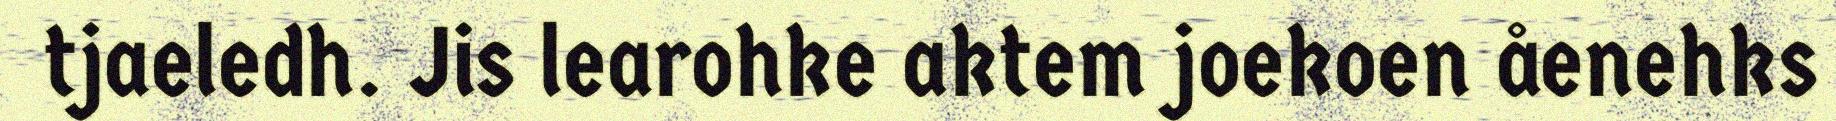
tjaeledh. Jis learohke aktem joekoen åenehks